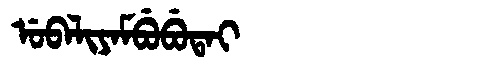
Manchu: ᡠᠪᠠᠯᡳᠶᠠᠮᠪᡠᠪᡠᡨᠠᡳ
Romanization: UBALIYAMBUBUTAI